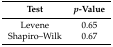
| Test | p-Value |
 | --- | --- |
 | Levene | 0.65 |
 | Shapiro–Wilk | 0.67 |